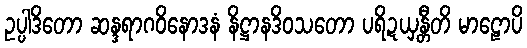
ဥပ္ပါဒိတော ဆန္ဒရာဂဝိနောဒနံ နိဋ္ဌာနဒိဝသတော ပရိဍယှန္တီတိ မာဠောပိ